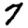
Digit: 7